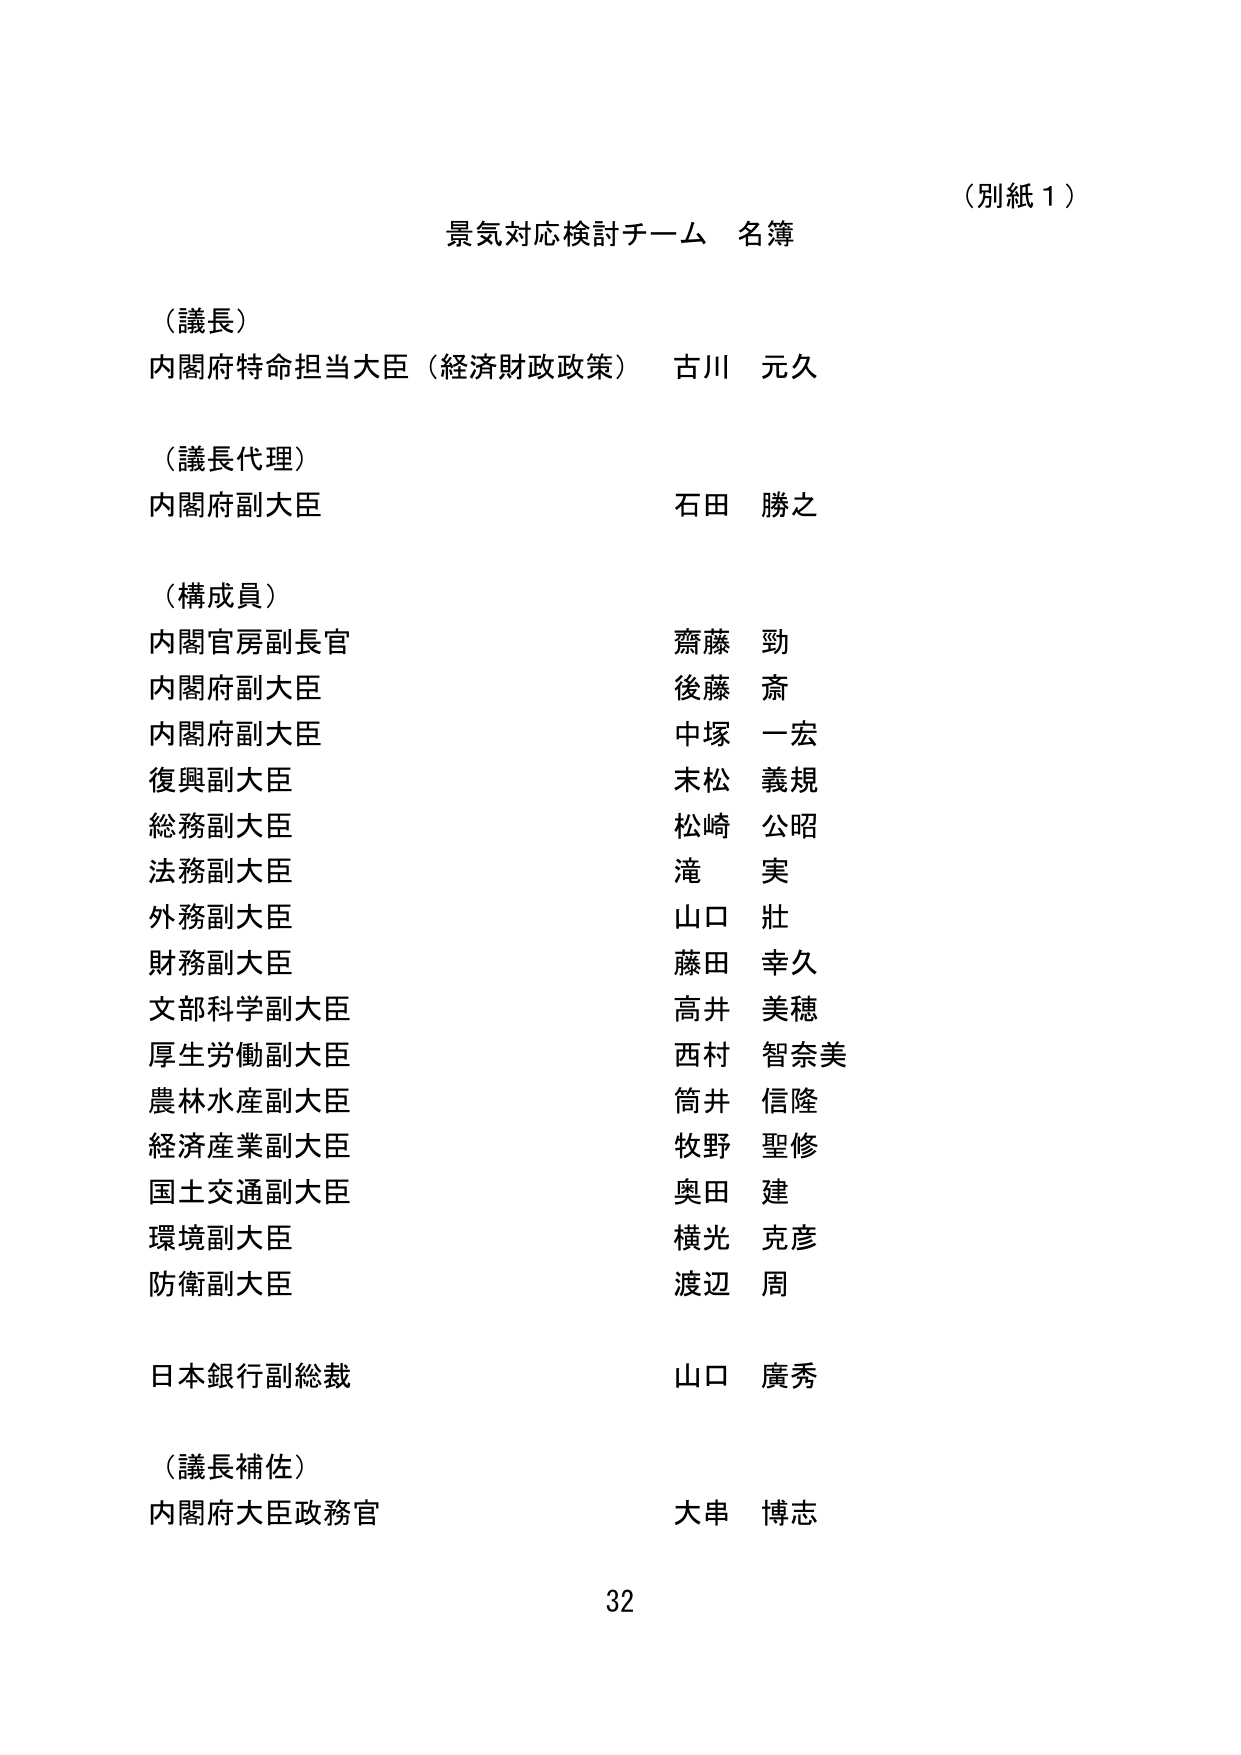
（別紙１）

景気対応検討チーム 名簿

（議長）
内閣府特命担当大臣（経済財政政策）　古川　元久

（議長代理）
内閣府副大臣　　　　　　　　　　　　石田　勝之

（構成員）
内閣官房副長官　　　　　　　　　　　齋藤　勁
内閣府副大臣　　　　　　　　　　　　後藤　斎
内閣府副大臣　　　　　　　　　　　　中塚　一宏
復興副大臣　　　　　　　　　　　　　末松　義規
総務副大臣　　　　　　　　　　　　　松崎　公昭
法務副大臣　　　　　　　　　　　　　滝　　実
外務副大臣　　　　　　　　　　　　　山口　壯
財務副大臣　　　　　　　　　　　　　藤田　幸久
文部科学副大臣　　　　　　　　　　　高井　美穂
厚生労働副大臣　　　　　　　　　　　西村　智奈美
農林水産副大臣　　　　　　　　　　　筒井　信隆
経済産業副大臣　　　　　　　　　　　牧野　聖修
国土交通副大臣　　　　　　　　　　　奥田　建
環境副大臣　　　　　　　　　　　　　横光　克彦
防衛副大臣　　　　　　　　　　　　　渡辺　周

日本銀行副総裁　　　　　　　　　　　山口　廣秀

（議長補佐）
内閣府大臣政務官　　　　　　　　　　大串　博志

32